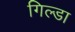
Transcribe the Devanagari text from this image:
गिल्डा